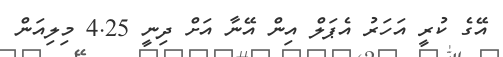
އޭގެ ކުރީ އަހަރު އެޕަލް އިން އޭނާ އަށް ދިނީ 4.25 މިލިއަން